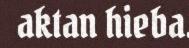
aktan hieba.